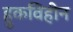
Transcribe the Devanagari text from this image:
हुकविहीन